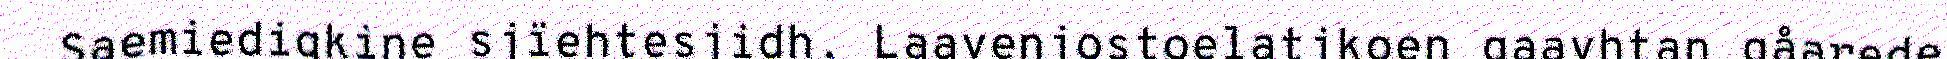
Saemiedigkine sjïehtesjidh. Laavenjostoelatjkoen gaavhtan gåarede